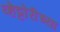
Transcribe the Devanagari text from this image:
व्हेट्टोरीच्या